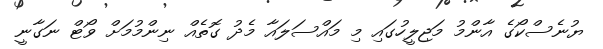
ޔުނެސްކޯގެ އާންމު މަޖިލީހުގައި މި މައްސަލައާ މެދު ގޮތެއް ނިންމުމަށް ވޯޓް ނަގާނީ